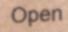
Open